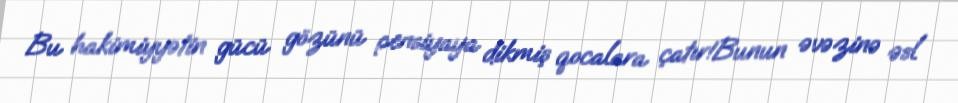
Bu hakimiyyətin gücü gözünü pensiyaya dikmiş qocalara çatır!Bunun əvəzinə əsl